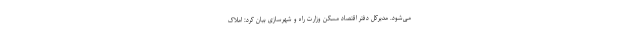
می‌شود. مدیرکل دفتر اقتصاد مسکن وزارت راه و شهرسازی بیان کرد: املاک